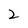
Character: 2